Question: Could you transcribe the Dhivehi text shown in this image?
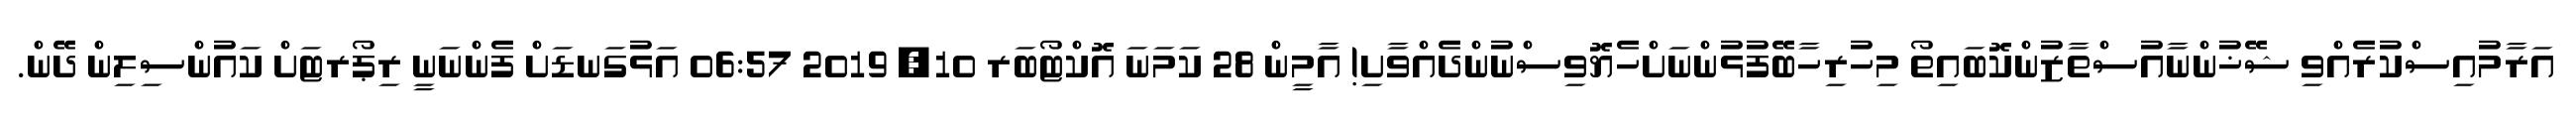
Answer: އަރާމުއިސްކުރެއްވި ޝޭޚުންނާއުސްތާޒުންކޮބައިތޯ މިހުރިހާބޭފުޅުންނަށްހެޔޮވިސްނުންދެއްވާށި! އާމީން 28 ކަމަނަ އޮކްޓޯބަރ 10, 2019 06:57 އަޅުގަނޑަށް ފެންނަނީ ރިޕޯރޓަށް ކައުންސިލިން ދޭން.